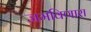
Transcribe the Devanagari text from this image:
जमविणारा